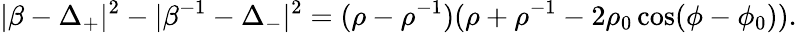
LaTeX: |\beta-\Delta_{+}|^{2}-|\beta^{-1}-\Delta_{-}|^{2}=(\rho-\rho^{-1})(\rho+\rho^{-1}-2\rho_{0}\cos(\phi-\phi_{0})).